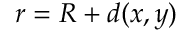
r = R + d ( x , y )